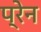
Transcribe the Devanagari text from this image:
प्रेन